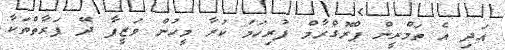
އަދި އެ ތަމްރީން ޕްރޮގްރާމް ފުރިހަމަ ކުރާ މީހުން ވަޒީފާ ދޭ ފަރާތްތަކާ